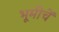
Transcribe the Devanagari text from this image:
भूमीचें